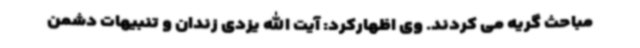
مباحث گریه می کردند. وی اظهارکرد: آیت الله یزدی زندان و تنبیهات دشمن